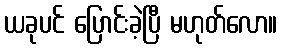
ယခုပင် ပြောင်းခဲ့ပြီ မဟုတ်လော။